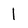
Character: 1